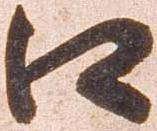
口